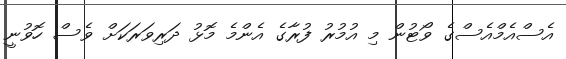
އެސްއެމްއެސްގެ ވޯޓުން މި އުމުރު ފުރާގެ އެންމެ މޮޅު ދަރިވަރަކަށް ވެސް ހޮވުނީ